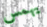
يهمس